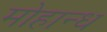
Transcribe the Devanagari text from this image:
मोहान्ध